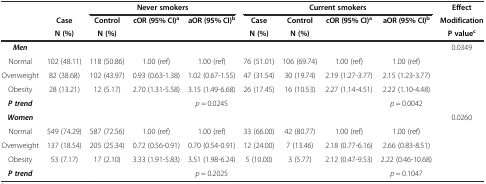
<table><thead><tr><td></td><td></td><td colspan="3"><b>Never smokers</b></td><td colspan="4"><b>Current smokers</b></td><td><b>Effect</b></td></tr><tr><td></td><td><b>Case</b></td><td><b>Control</b></td><td><b>cOR (95% CI)<sup>a</sup></b></td><td><b>aOR (95% CI)<sup>b</sup></b></td><td><b>Case</b></td><td><b>Control</b></td><td><b>cOR (95% CI)<sup>a</sup></b></td><td><b>aOR (95% CI)<sup>b</sup></b></td><td><b>Modification</b></td></tr><tr><td></td><td><b>N (%)</b></td><td><b>N (%)</b></td><td></td><td></td><td><b>N (%)</b></td><td><b>N (%)</b></td><td></td><td></td><td><b>P value<sup>c</sup></b></td></tr></thead><tbody><tr><td><b><i>Men</i></b></td><td></td><td></td><td></td><td></td><td></td><td></td><td></td><td></td><td>0.0349</td></tr><tr><td>Normal</td><td>102 (48.11)</td><td>118 (50.86)</td><td>1.00 (ref)</td><td>1.00 (ref)</td><td>76 (51.01)</td><td>106 (69.74)</td><td>1.00 (ref)</td><td>1.00 (ref)</td><td></td></tr><tr><td>Overweight</td><td>82 (38.68)</td><td>102 (43.97)</td><td>0.93 (0.63-1.38)</td><td>1.02 (0.67-1.55)</td><td>47 (31.54)</td><td>30 (19.74)</td><td>2.19 (1.27-3.77)</td><td>2.15 (1.23-3.77)</td><td></td></tr><tr><td>Obesity</td><td>28 (13.21)</td><td>12 (5.17)</td><td>2.70 (1.31-5.58)</td><td>3.15 (1.49-6.68)</td><td>26 (17.45)</td><td>16 (10.53)</td><td>2.27 (1.14-4.51)</td><td>2.22 (1.10-4.48)</td><td></td></tr><tr><td><b><i>P trend</i></b></td><td colspan="2"></td><td></td><td><i>p</i> = 0.0245</td><td></td><td></td><td></td><td><i>p</i> = 0.0042</td><td></td></tr><tr><td><b><i>Women</i></b></td><td colspan="2"></td><td></td><td></td><td></td><td></td><td></td><td></td><td>0.0260</td></tr><tr><td>Normal</td><td>549 (74.29)</td><td>587 (72.56)</td><td>1.00 (ref)</td><td>1.00 (ref)</td><td>33 (66.00)</td><td>42 (80.77)</td><td>1.00 (ref)</td><td>1.00 (ref)</td><td></td></tr><tr><td>Overweight</td><td>137 (18.54)</td><td>205 (25.34)</td><td>0.72 (0.56-0.91)</td><td>0.70 (0.54-0.91)</td><td>12 (24.00)</td><td>7 (13.46)</td><td>2.18 (0.77-6.16)</td><td>2.66 (0.83-8.51)</td><td></td></tr><tr><td>Obesity</td><td>53 (7.17)</td><td>17 (2.10)</td><td>3.33 (1.91-5.83)</td><td>3.51 (1.98-6.24)</td><td>5 (10.00)</td><td>3 (5.77)</td><td>2.12 (0.47-9.53)</td><td>2.22 (0.46-10.68)</td><td></td></tr><tr><td><b><i>P trend</i></b></td><td></td><td></td><td></td><td><i>p</i> = 0.2025</td><td></td><td></td><td></td><td><i>p</i> = 0.1047</td><td></td></tr></tbody></table>